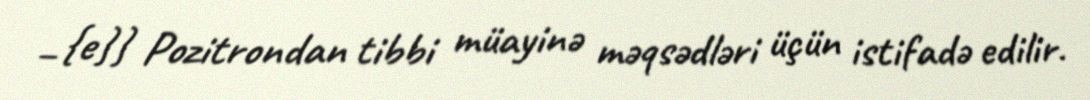
_{e}} Pozitrondan tibbi müayinə məqsədləri üçün istifadə edilir.